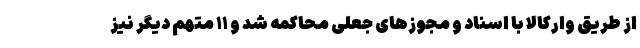
از طریق وارکالا با اسناد و مجوزهای جعلی محاکمه شد و ۱۱ متهم دیگر نیز